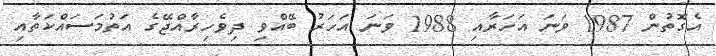
އެގޮތުން 1987 ވަނަ އަހަރާއި 1988 ވަނަ އަހަރު ބޭއްވި ދިވެހިރާއްޖޭގެ އަތުމަސައްކަތާއި